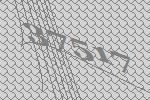
37517